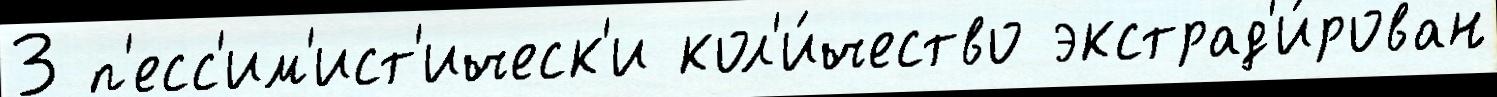
3 п'есс'им'ист'ическ'и кол'и́чество экстрад'и́рован